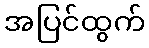
အပြင်ထွက်